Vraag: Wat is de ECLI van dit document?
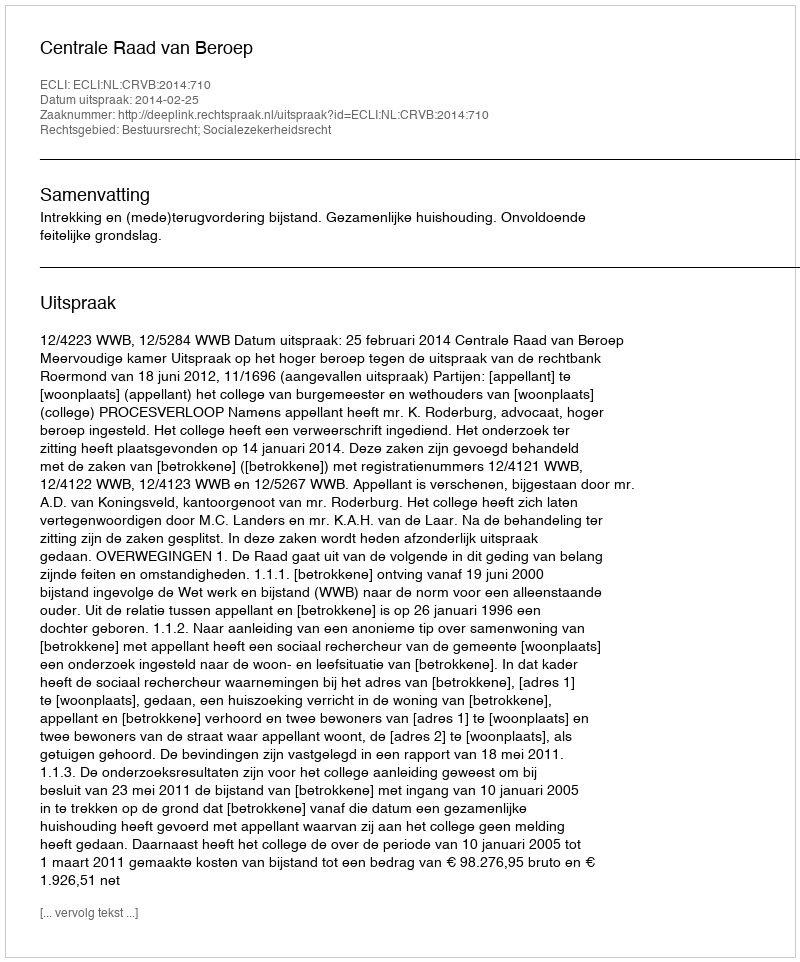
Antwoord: ECLI:NL:CRVB:2014:710